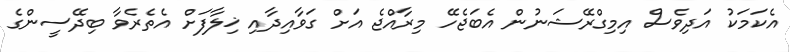
އެކަމަކު އަދިވެސް އިމިގްރޭޝަނުން އެބަޖެހޭ މިރާއްޖެ އަށް ގަވާއިދާއި ޚިލާފަށް އެތެރެވާ ބިދޭސީންގެ